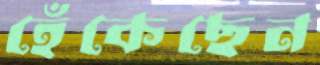
হেঁকেছেন